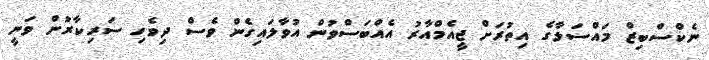
ނެކްސްބިޒް މައްސަލާގެ އިތުރަށް ޖީއެމްއާރު އެއްބަސްވުން އުވާލައިގެން ވެސް ދިވެހި ސަރިކާރުން ވަނީ